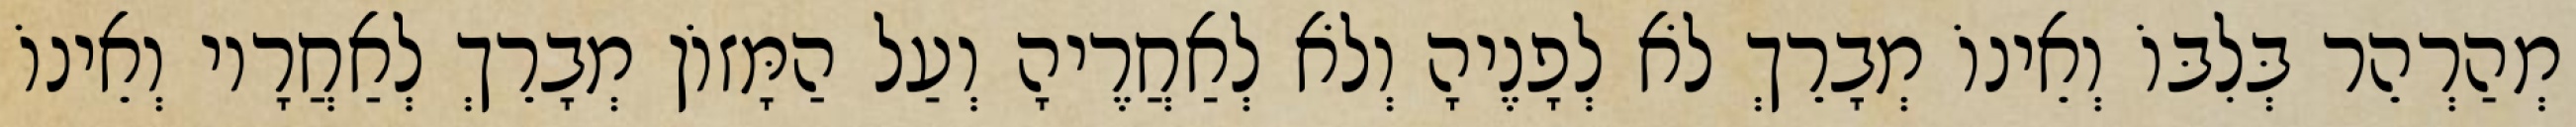
מְהַרְהֵר בְּלִבּוֹ וְאֵינוֹ מְבָרֵךְ לֹא לְפָנֶיהָ וְלֹא לְאַחֲרֶיהָ וְעַל הַמָּזוֹן מְבָרֵךְ לְאַחֲרָיו וְאֵינוֹ